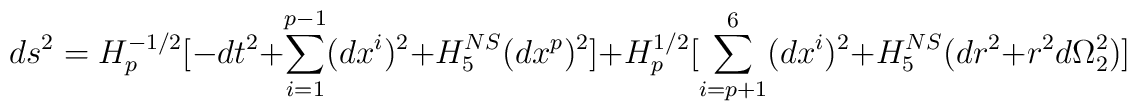
ds^2 = H_p^{-1/2}[-dt^2 + \sum_{i=1}^{p-1}(dx^i)^2 + H_5^{NS}(dx^p)^2]+ H_p^{1/2}[\sum_{i=p+1}^6(dx^i)^2 + H_5^{NS}(dr^2 + r^2d\Omega_2^2)]